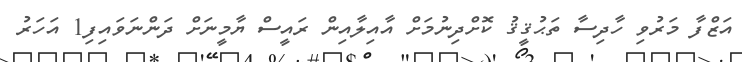
އަޒްފާ މަރުވި ހާދިސާ ތަޙުޤީޤު ކޮށްދިނުމަށް އާއިލާއިން ރައީސް ޔާމީނަށް ދަންނަވައިފި1 އަހަރު